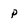
Character: p